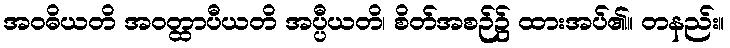
အဝဓိယတိ အဝတ္ထာပီယတိ အပ္ပီယတိ၊ စိတ်အစဉ်၌ ထားအပ်၏။ တနည်း။